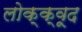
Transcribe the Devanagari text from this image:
लोक्क्वूद